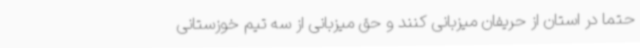
حتما در استان از حریفان میزبانی کنند و حق میزبانی از سه تیم خوزستانی